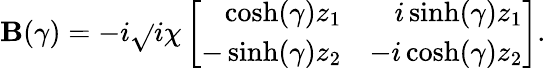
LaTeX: \mathbf{B}(\gamma)=-i\sqrt{}{{i\chi}}\left[\begin{array}{rr}{\cosh(\gamma)z_{1}}&{i\sinh(\gamma)z_{1}}\\ {-\sinh(\gamma)z_{2}}&{-i\cosh(\gamma)z_{2}}\end{array}\right].